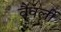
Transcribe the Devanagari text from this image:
वैवर्ली